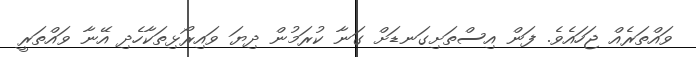
ވައްތަރެއް ޖަހައެވެ. ފަން އިސްތަށިގަނޑަށް ގަނާ ކުރަމުން ދިޔަ ވައިރޯޅިތަކާހެދި އޭނާ ވައްތަރީ